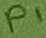
Text: P1